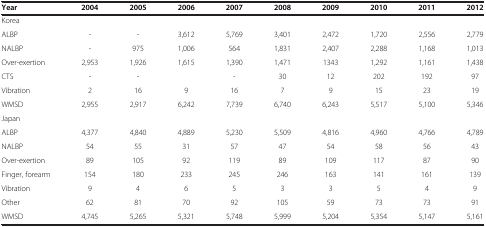
<table><thead><tr><td><b>Year</b></td><td><b>2004</b></td><td><b>2005</b></td><td><b>2006</b></td><td><b>2007</b></td><td><b>2008</b></td><td><b>2009</b></td><td><b>2010</b></td><td><b>2011</b></td><td><b>2012</b></td></tr></thead><tbody><tr><td>Korea</td><td> </td><td> </td><td> </td><td> </td><td> </td><td> </td><td> </td><td> </td><td> </td></tr><tr><td>ALBP</td><td>-</td><td>-</td><td>3,612</td><td>5,769</td><td>3,401</td><td>2,472</td><td>1,720</td><td>2,556</td><td>2,779</td></tr><tr><td>NALBP</td><td>-</td><td>975</td><td>1,006</td><td>564</td><td>1,831</td><td>2,407</td><td>2,288</td><td>1,168</td><td>1,013</td></tr><tr><td>Over-exertion</td><td>2,953</td><td>1,926</td><td>1,615</td><td>1,390</td><td>1,471</td><td>1343</td><td>1,292</td><td>1,161</td><td>1,438</td></tr><tr><td>CTS</td><td>-</td><td>-</td><td> </td><td>-</td><td>30</td><td>12</td><td>202</td><td>192</td><td>97</td></tr><tr><td>Vibration</td><td>2</td><td>16</td><td>9</td><td>16</td><td>7</td><td>9</td><td>15</td><td>23</td><td>19</td></tr><tr><td>WMSD</td><td>2,955</td><td>2,917</td><td>6,242</td><td>7,739</td><td>6,740</td><td>6,243</td><td>5,517</td><td>5,100</td><td>5,346</td></tr><tr><td>Japan</td><td> </td><td> </td><td> </td><td> </td><td> </td><td> </td><td> </td><td> </td><td> </td></tr><tr><td>ALBP</td><td>4,377</td><td>4,840</td><td>4,889</td><td>5,230</td><td>5,509</td><td>4,816</td><td>4,960</td><td>4,766</td><td>4,789</td></tr><tr><td>NALBP</td><td>54</td><td>55</td><td>31</td><td>57</td><td>47</td><td>54</td><td>58</td><td>56</td><td>43</td></tr><tr><td>Over-exertion</td><td>89</td><td>105</td><td>92</td><td>119</td><td>89</td><td>109</td><td>117</td><td>87</td><td>90</td></tr><tr><td>Finger, forearm</td><td>154</td><td>180</td><td>233</td><td>245</td><td>246</td><td>163</td><td>141</td><td>161</td><td>139</td></tr><tr><td>Vibration</td><td>9</td><td>4</td><td>6</td><td>5</td><td>3</td><td>3</td><td>5</td><td>4</td><td>9</td></tr><tr><td>Other</td><td>62</td><td>81</td><td>70</td><td>92</td><td>105</td><td>59</td><td>73</td><td>73</td><td>91</td></tr><tr><td>WMSD</td><td>4,745</td><td>5,265</td><td>5,321</td><td>5,748</td><td>5,999</td><td>5,204</td><td>5,354</td><td>5,147</td><td>5,161</td></tr></tbody></table>